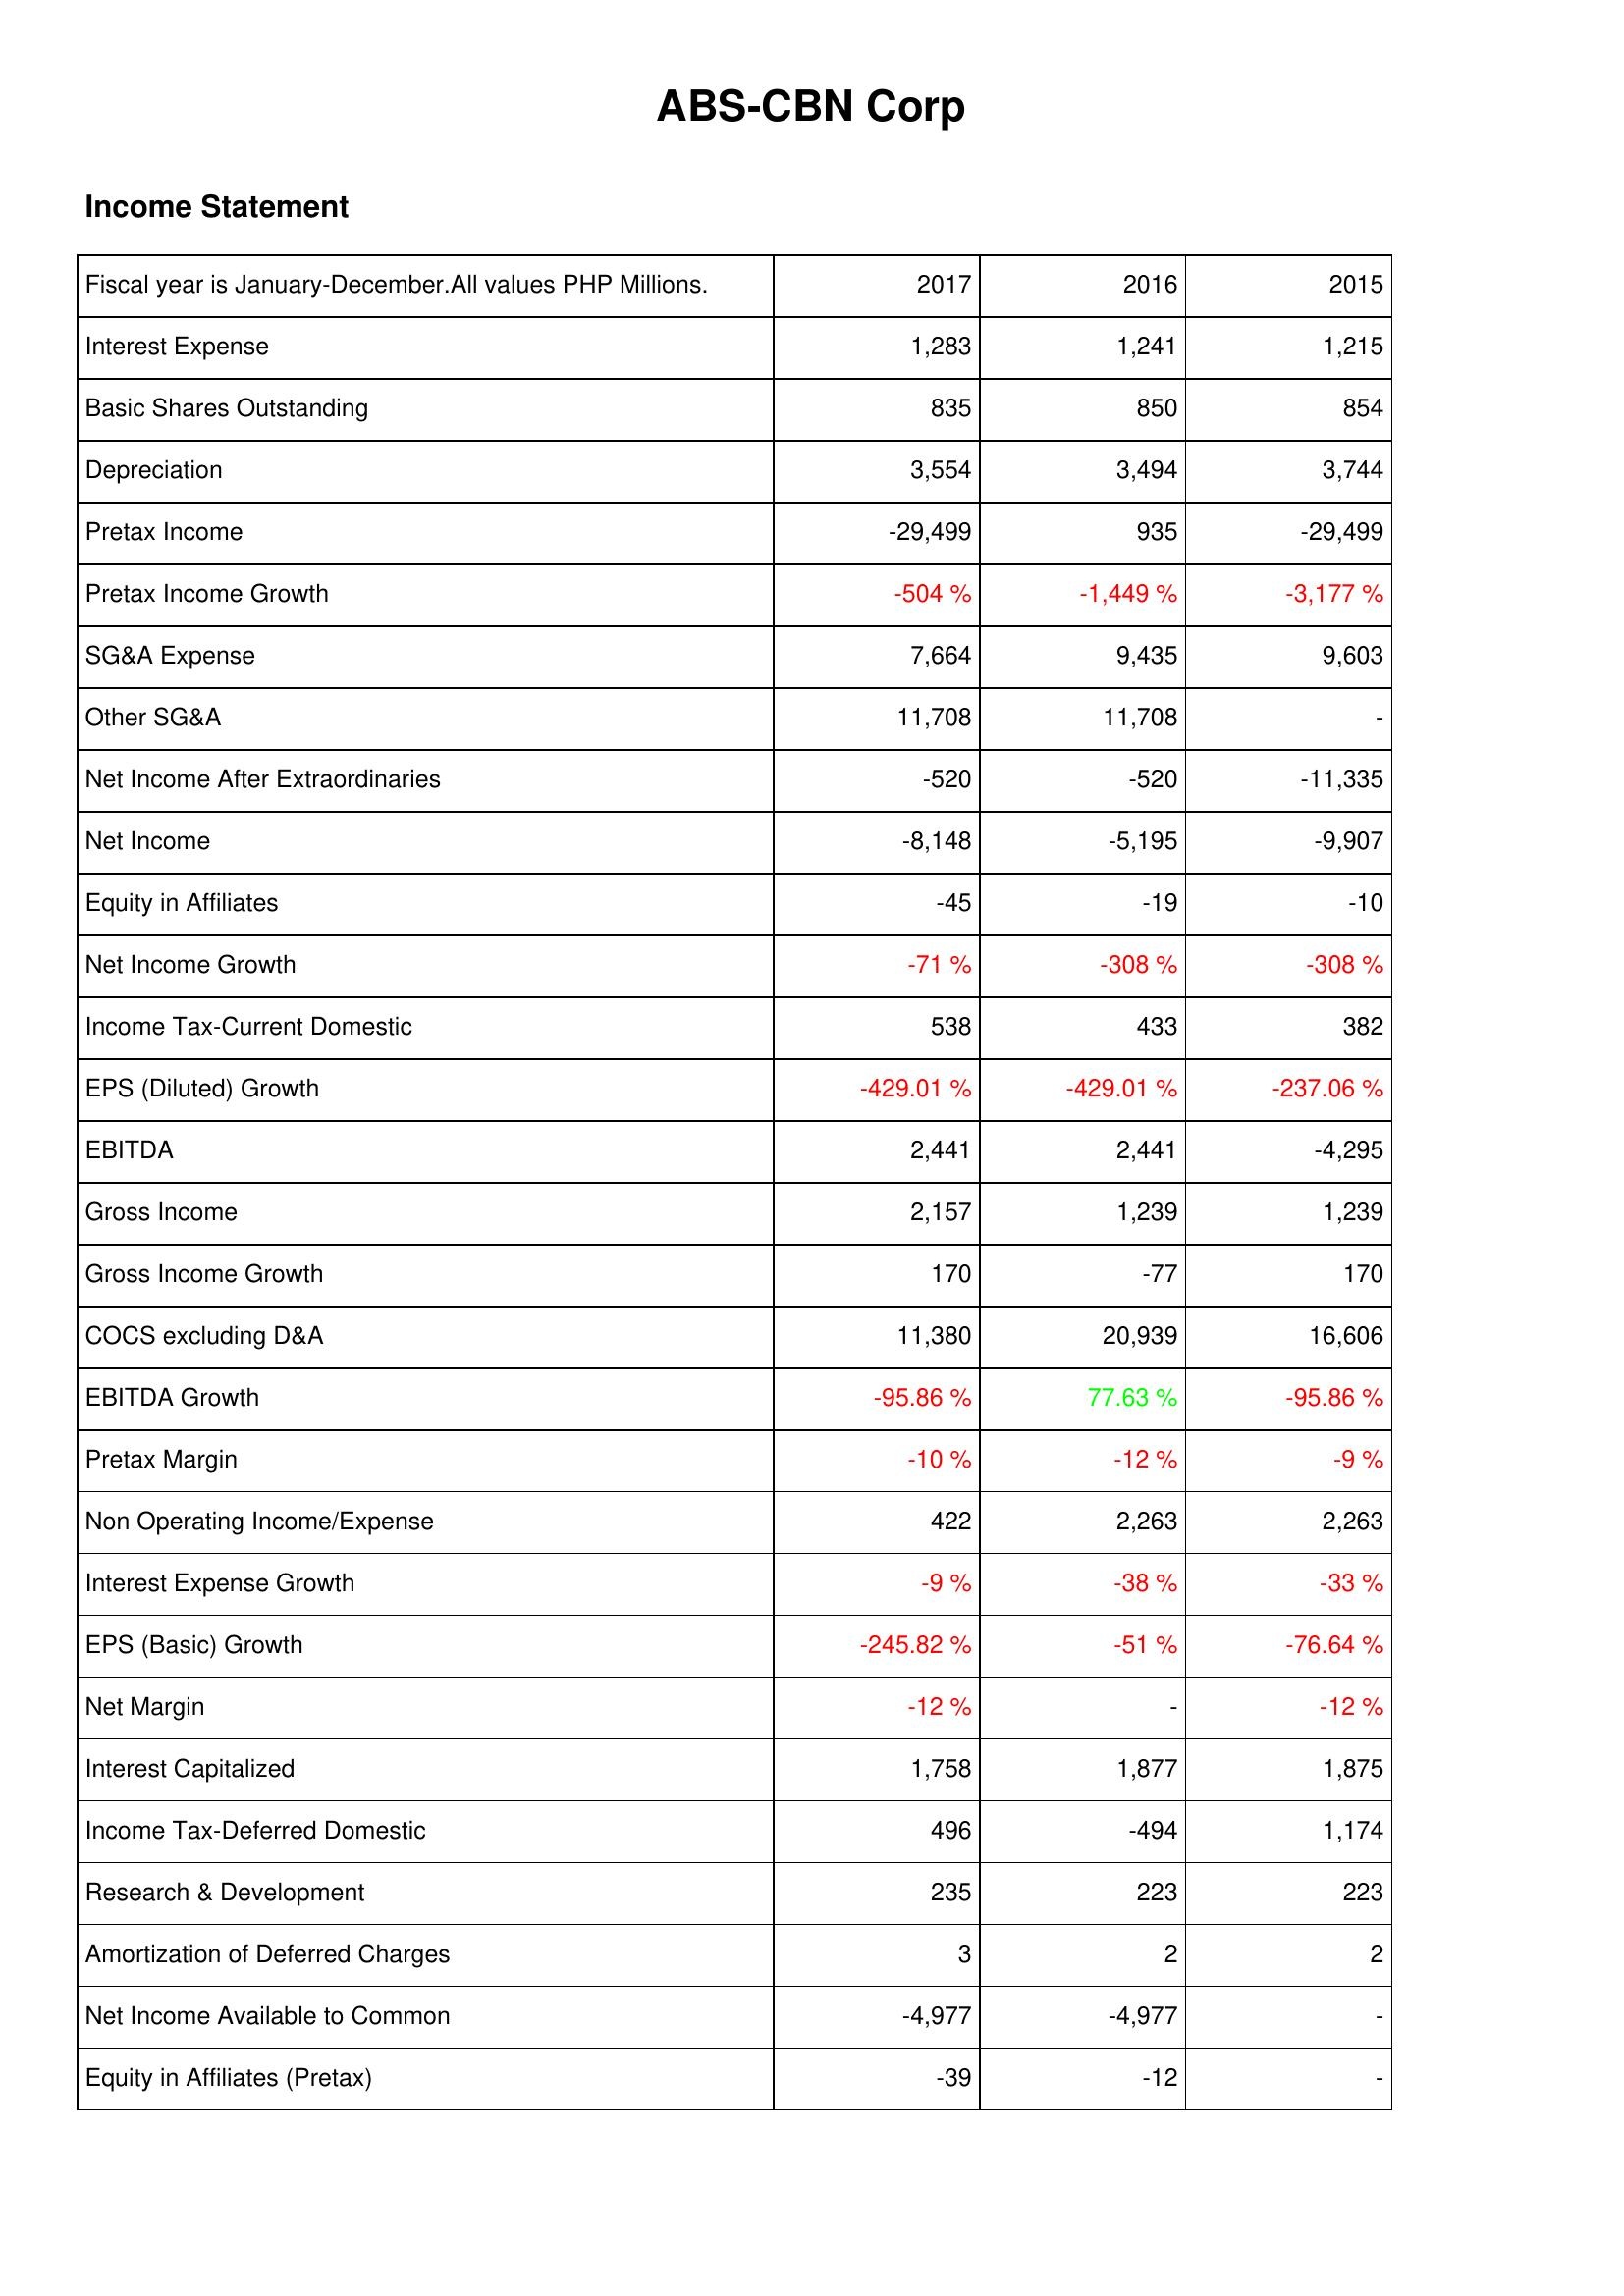
2017: Income Statement: Interest Expense: 1,283
Basic Shares Outstanding: 835
Depreciation: 3,554
Pretax Income: -29,499
Pretax Income Growth: -504 %
SG&A Expense: 7,664
Other SG&A: 11,708
Net Income After Extraordinaries: -520
Net Income: -8,148
Equity in Affiliates: -45
Net Income Growth: -71 %
Income Tax-Current Domestic: 538
EPS (Diluted) Growth: -429.01 %
EBITDA: 2,441
Gross Income: 2,157
Gross Income Growth: 170
COCS excluding D&A: 11,380
EBITDA Growth: -95.86 %
Pretax Margin: -10 %
Non Operating Income/Expense: 422
Interest Expense Growth: -9 %
EPS (Basic) Growth: -245.82 %
Net Margin: -12 %
Interest Capitalized: 1,758
Income Tax-Deferred Domestic: 496
Research & Development: 235
Amortization of Deferred Charges: 3
Net Income Available to Common: -4,977
Equity in Affiliates (Pretax): -39
2016: Income Statement: Interest Expense: 1,241
Basic Shares Outstanding: 850
Depreciation: 3,494
Pretax Income: 935
Pretax Income Growth: -1,449 %
SG&A Expense: 9,435
Other SG&A: 11,708
Net Income After Extraordinaries: -520
Net Income: -5,195
Equity in Affiliates: -19
Net Income Growth: -308 %
Income Tax-Current Domestic: 433
EPS (Diluted) Growth: -429.01 %
EBITDA: 2,441
Gross Income: 1,239
Gross Income Growth: -77
COCS excluding D&A: 20,939
EBITDA Growth: 77.63 %
Pretax Margin: -12 %
Non Operating Income/Expense: 2,263
Interest Expense Growth: -38 %
EPS (Basic) Growth: -51 %
Net Margin: -
Interest Capitalized: 1,877
Income Tax-Deferred Domestic: -494
Research & Development: 223
Amortization of Deferred Charges: 2
Net Income Available to Common: -4,977
Equity in Affiliates (Pretax): -12
2015: Income Statement: Interest Expense: 1,215
Basic Shares Outstanding: 854
Depreciation: 3,744
Pretax Income: -29,499
Pretax Income Growth: -3,177 %
SG&A Expense: 9,603
Other SG&A: -
Net Income After Extraordinaries: -11,335
Net Income: -9,907
Equity in Affiliates: -10
Net Income Growth: -308 %
Income Tax-Current Domestic: 382
EPS (Diluted) Growth: -237.06 %
EBITDA: -4,295
Gross Income: 1,239
Gross Income Growth: 170
COCS excluding D&A: 16,606
EBITDA Growth: -95.86 %
Pretax Margin: -9 %
Non Operating Income/Expense: 2,263
Interest Expense Growth: -33 %
EPS (Basic) Growth: -76.64 %
Net Margin: -12 %
Interest Capitalized: 1,875
Income Tax-Deferred Domestic: 1,174
Research & Development: 223
Amortization of Deferred Charges: 2
Net Income Available to Common: -
Equity in Affiliates (Pretax): -